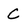
Character: C